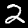
Label: 2